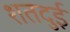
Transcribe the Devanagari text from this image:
शतदुई